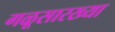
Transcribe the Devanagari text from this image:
गळूसारख्या